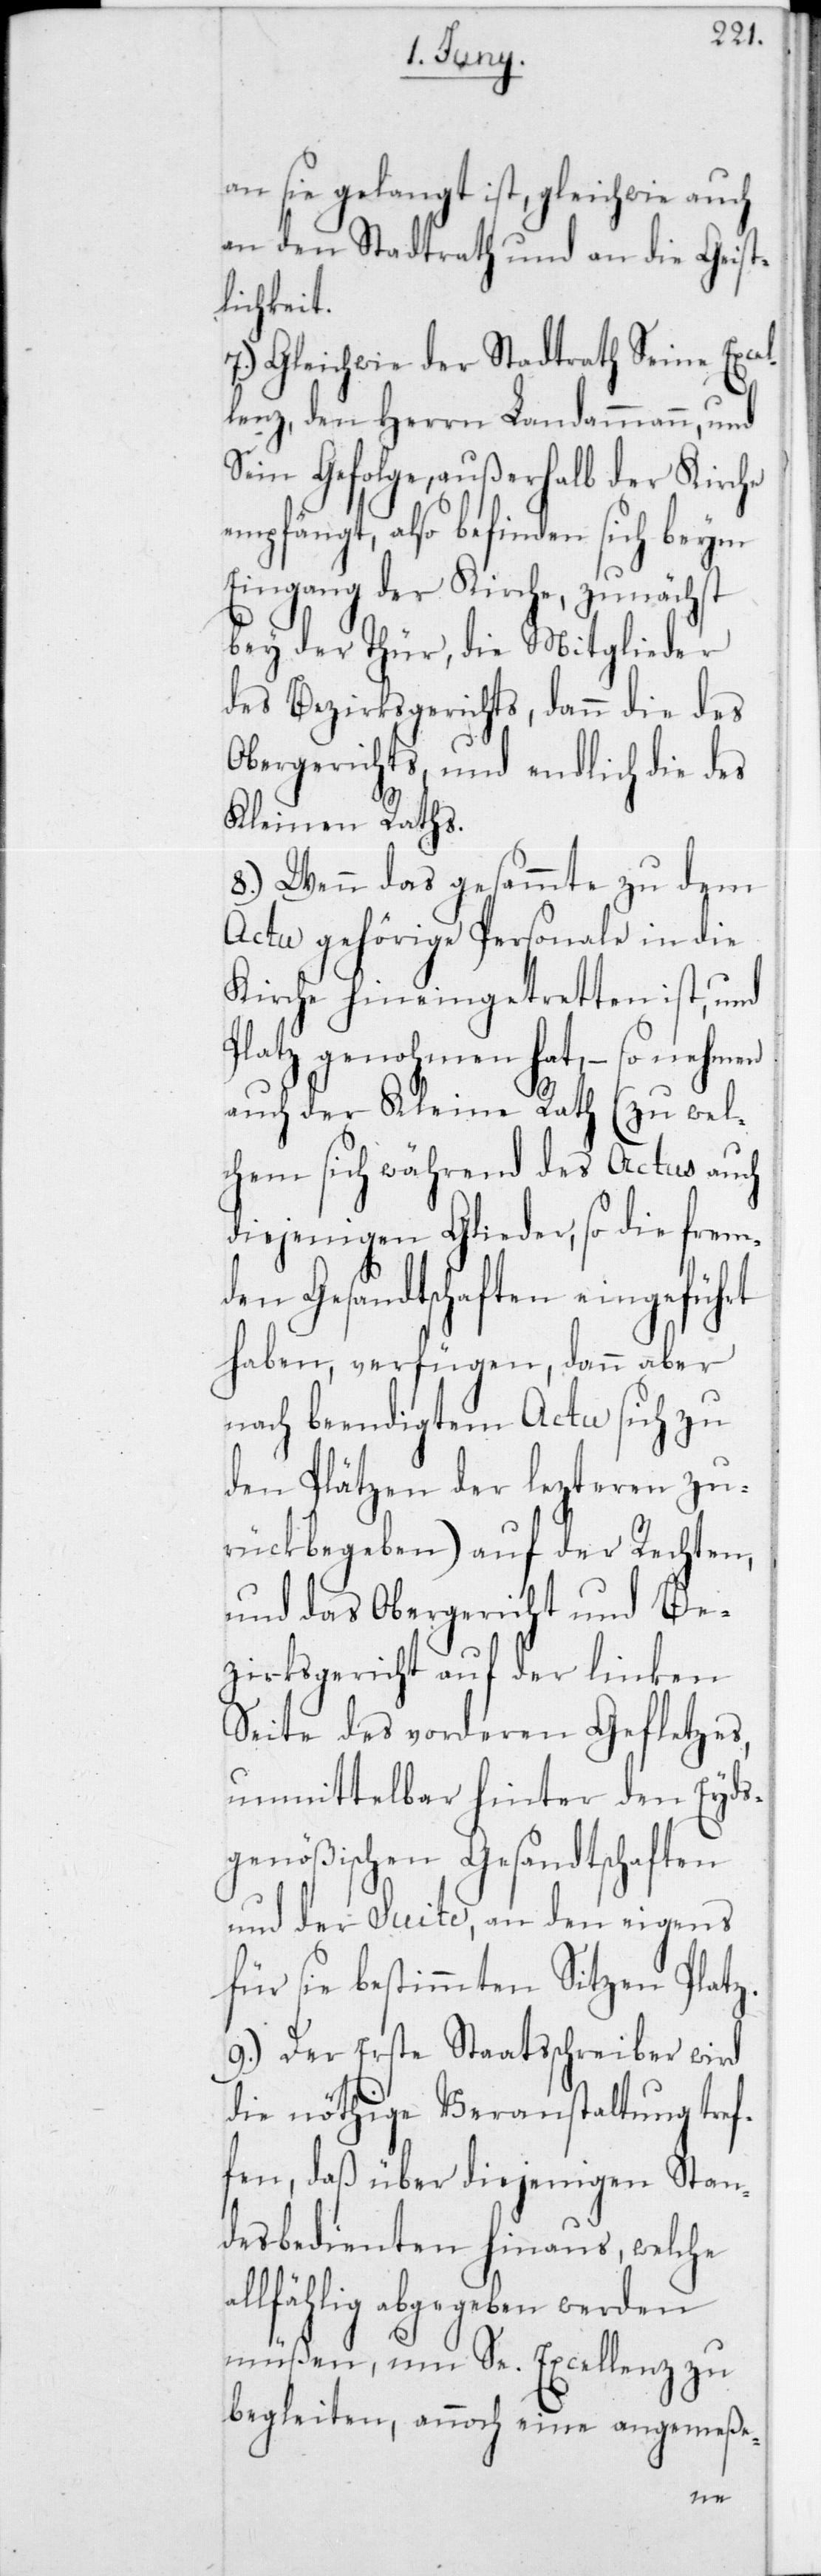
an sie gelangt ist, gleichwie auch
an den Stadtrath und an die Geist¬
lichkeit.
7.) Gleichwie der Stadtrath Seine Excel¬
lenz, den Herrn Landammann, und
sein Gefolge, außerhalb der Kirche
empfängt, also befinden sich beym
Eingang der Kirche, zunächst
bey der Thür, die Mitglieder
des Bezirksgerichts, dann die des
Obergerichts, und endlich die des
Kleinen Raths.
8.) Wenn das gesammte zu dem
Actu gehörige Personale in die
Kirche hineingetretten ist, und
Platz genohmen hat, – so nehmen
auch der Kleine Rath (zu wel¬
chem sich während des Actus auch
diejenigen Glieder, so die frem¬
den Gesandtschaften eingeführt
haben, verfügen, dann aber
nach beendigtem Actu sich zu
den Plätzen der lezteren zu¬
rückbegeben) auf der Rechten,
und das Obergericht und Be¬
zirksgericht auf der linken
Seite des vorderen Gefletzes,
unmittelbar hinter den Eyds¬
genößischen Gesandtschaften
und der Suite, an der eigens
für sie bestimmten Sitzen Platz.
9.) Der Erste Staatsschreiber wird
die nöthige Veranstaltung tref¬
fen, daß über diejenigen Stan¬
desbedienten hinaus, welche
allfählig abgegeben werden
müßen, um Se. Excellenz zu
begleiten, annoch eine angemeße-